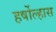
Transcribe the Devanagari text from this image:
हर्षोल्हास